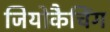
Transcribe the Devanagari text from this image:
जियोकैचिंग